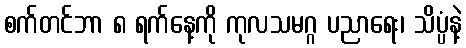
စက်တင်ဘာ ၈ ရက်နေ့ကို ကုလသမဂ္ဂ ပညာရေး၊ သိပ္ပံနဲ့